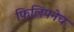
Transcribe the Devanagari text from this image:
फिलिपनेच